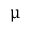
\upmu